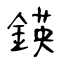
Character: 鍈